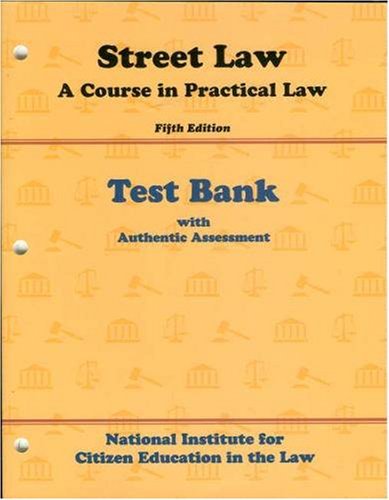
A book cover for Street Law: A Course in Practical Law, Fifth Edition: Test Bank with Authentic Assessment; Margaret Armancas-Fisher; Aggie Alvez; Amy Sklar; Law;